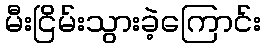
မီးငြိမ်းသွားခဲ့ကြောင်း